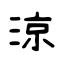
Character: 涼